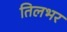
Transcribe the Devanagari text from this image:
तिलभर